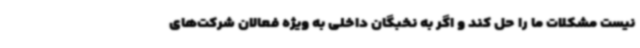
نیست مشکلات ما را حل کند و اگر به نخبگان داخلی به ویژه فعالان شرکت‌های